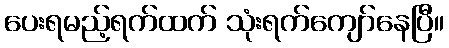
ပေးရမည့်ရက်ထက် သုံးရက်ကျော်နေပြီ။